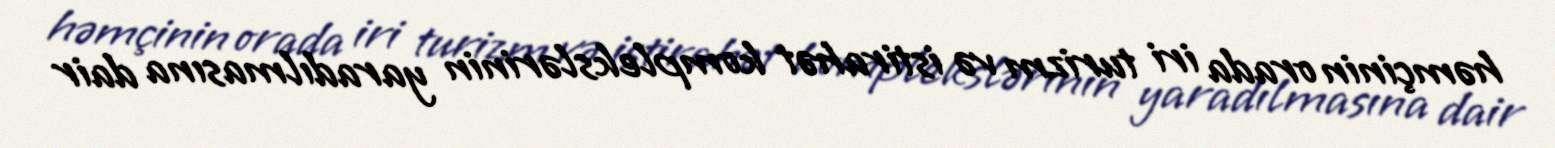
həmçinin orada iri turizm və istirahət komplekslərinin yaradılmasına dair